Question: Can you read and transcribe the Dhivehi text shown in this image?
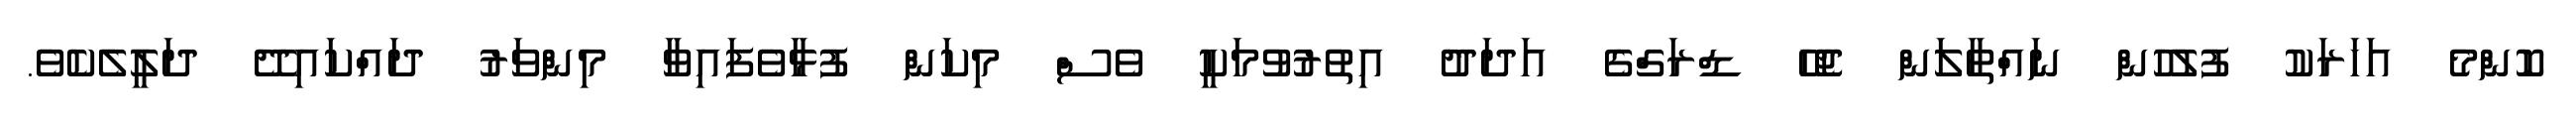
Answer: ކޮންމެ އަހަރަކު ފުލުހުން ނައްތާލަން ޖެހޭ ޑްރަގްގެ އަދަދު އިތުރުވުމަކީ ވެސް މިކަން ފުޅާވެފައިވާ މިންވަރު ދައްކައިދޭ ދަލީލެކެވެ.